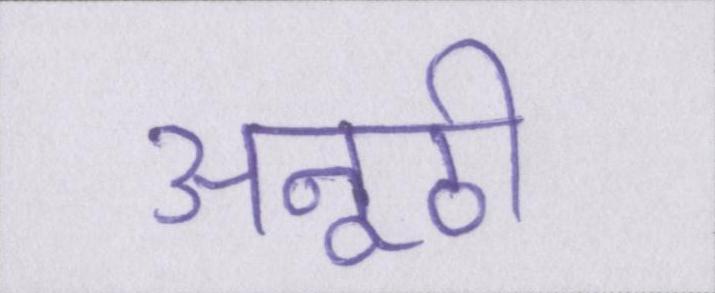
अनूठी